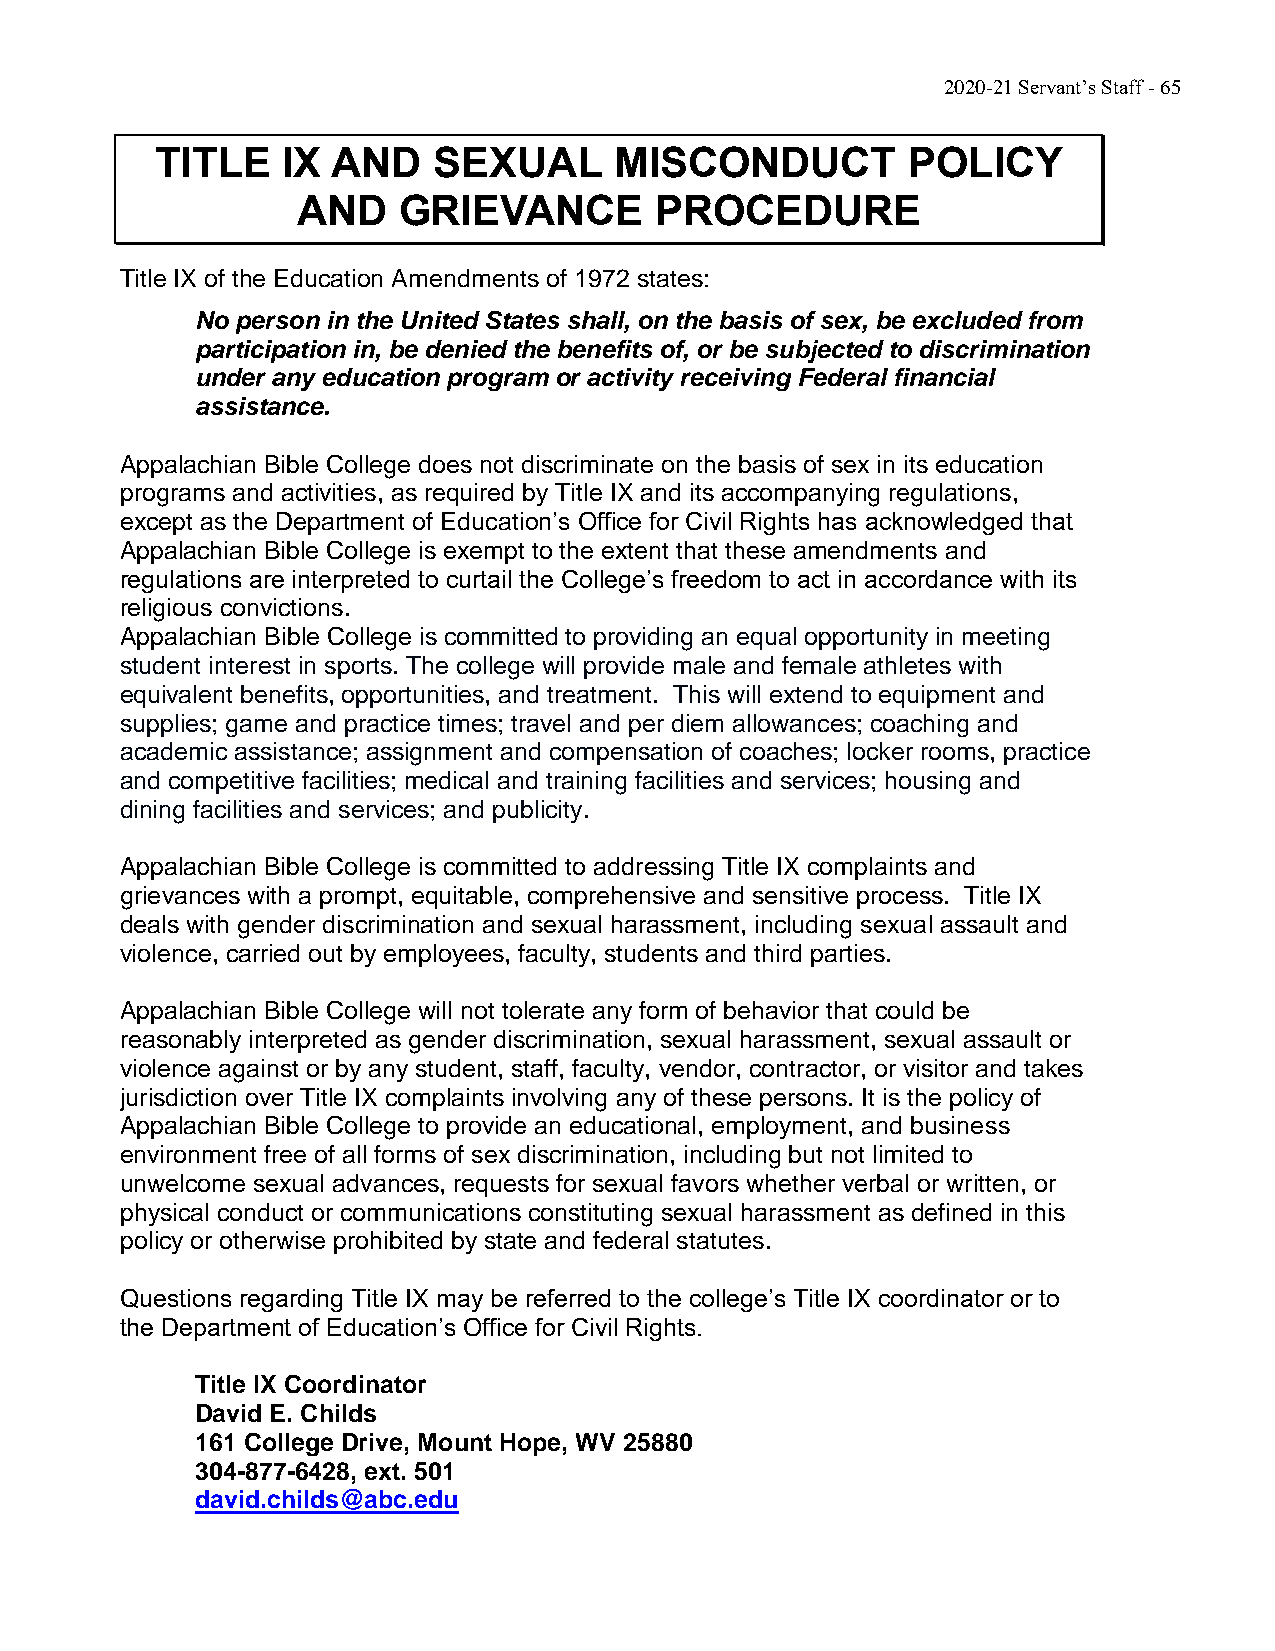
2020-21 Servant’s Staff - 65
 TITLE    IX AND    SEXUAL      MISCONDUCT         POLICY
 AND   GRIEVANCE        PROCEDURE
 Title IX of the Education Amendments of 1972 states:
 No person in the United States shall, on the basis of sex, be excluded from
 participation in, be denied the benefits of, or be subjected to discrimination
 under any education program or activity receiving Federal financial
 assistance.
 Appalachian Bible College does not discriminate on the basis of sex in its education
 programs and activities, as required by Title IX and its accompanying regulations,
 except as the Department of Education’s Office for Civil Rights has acknowledged that
 Appalachian Bible College is exempt to the extent that these amendments and
 regulations are interpreted to curtail the College’s freedom to act in accordance with its
 religious convictions.
 Appalachian Bible College is committed to providing an equal opportunity in meeting
 student interest in sports. The college will provide male and female athletes with
 equivalent benefits, opportunities, and treatment. This will extend to equipment and
 supplies; game and practice times; travel and per diem allowances; coaching and
 academic assistance; assignment and compensation of coaches; locker rooms, practice
 and competitive facilities; medical and training facilities and services; housing and
 dining facilities and services; and publicity.
 Appalachian Bible College is committed to addressing Title IX complaints and
 grievances with a prompt, equitable, comprehensive and sensitive process. Title IX
 deals with gender discrimination and sexual harassment, including sexual assault and
 violence, carried out by employees, faculty, students and third parties.
 Appalachian Bible College will not tolerate any form of behavior that could be
 reasonably interpreted as gender discrimination, sexual harassment, sexual assault or
 violence against or by any student, staff, faculty, vendor, contractor, or visitor and takes
 jurisdiction over Title IX complaints involving any of these persons. It is the policy of
 Appalachian Bible College to provide an educational, employment, and business
 environment free of all forms of sex discrimination, including but not limited to
 unwelcome sexual advances, requests for sexual favors whether verbal or written, or
 physical conduct or communications constituting sexual harassment as defined in this
 policy or otherwise prohibited by state and federal statutes.
 Questions regarding Title IX may be referred to the college’s Title IX coordinator or to
 the Department of Education’s Office for Civil Rights.
 Title IX Coordinator
 David E. Childs
 161 College Drive, Mount Hope, WV 25880
 304-877-6428, ext. 501
 david.childs@abc.edu